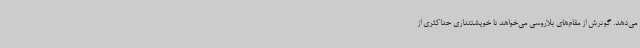
می‌دهد. گوترش از مقام‌های بلاروسی می‌خواهد تا خویشتنداری حداکثری از